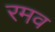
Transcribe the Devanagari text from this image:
रमव